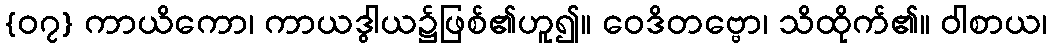
{၀၇} ကာယိကော၊ ကာယဒွါယ၌ဖြစ်၏ဟူ၍။ ဝေဒိတဗ္ဗော၊ သိထိုက်၏။ ဝါစာယ၊